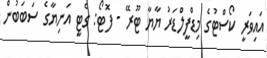
އައިވަރީ ކޯސްޓުގެ މިޑްފީލްޑަރު ޔާޔާ ޓޫރޭ - ފޮޓޯ: ގެޓީ އަނިޔާގެ ސަބަބުން